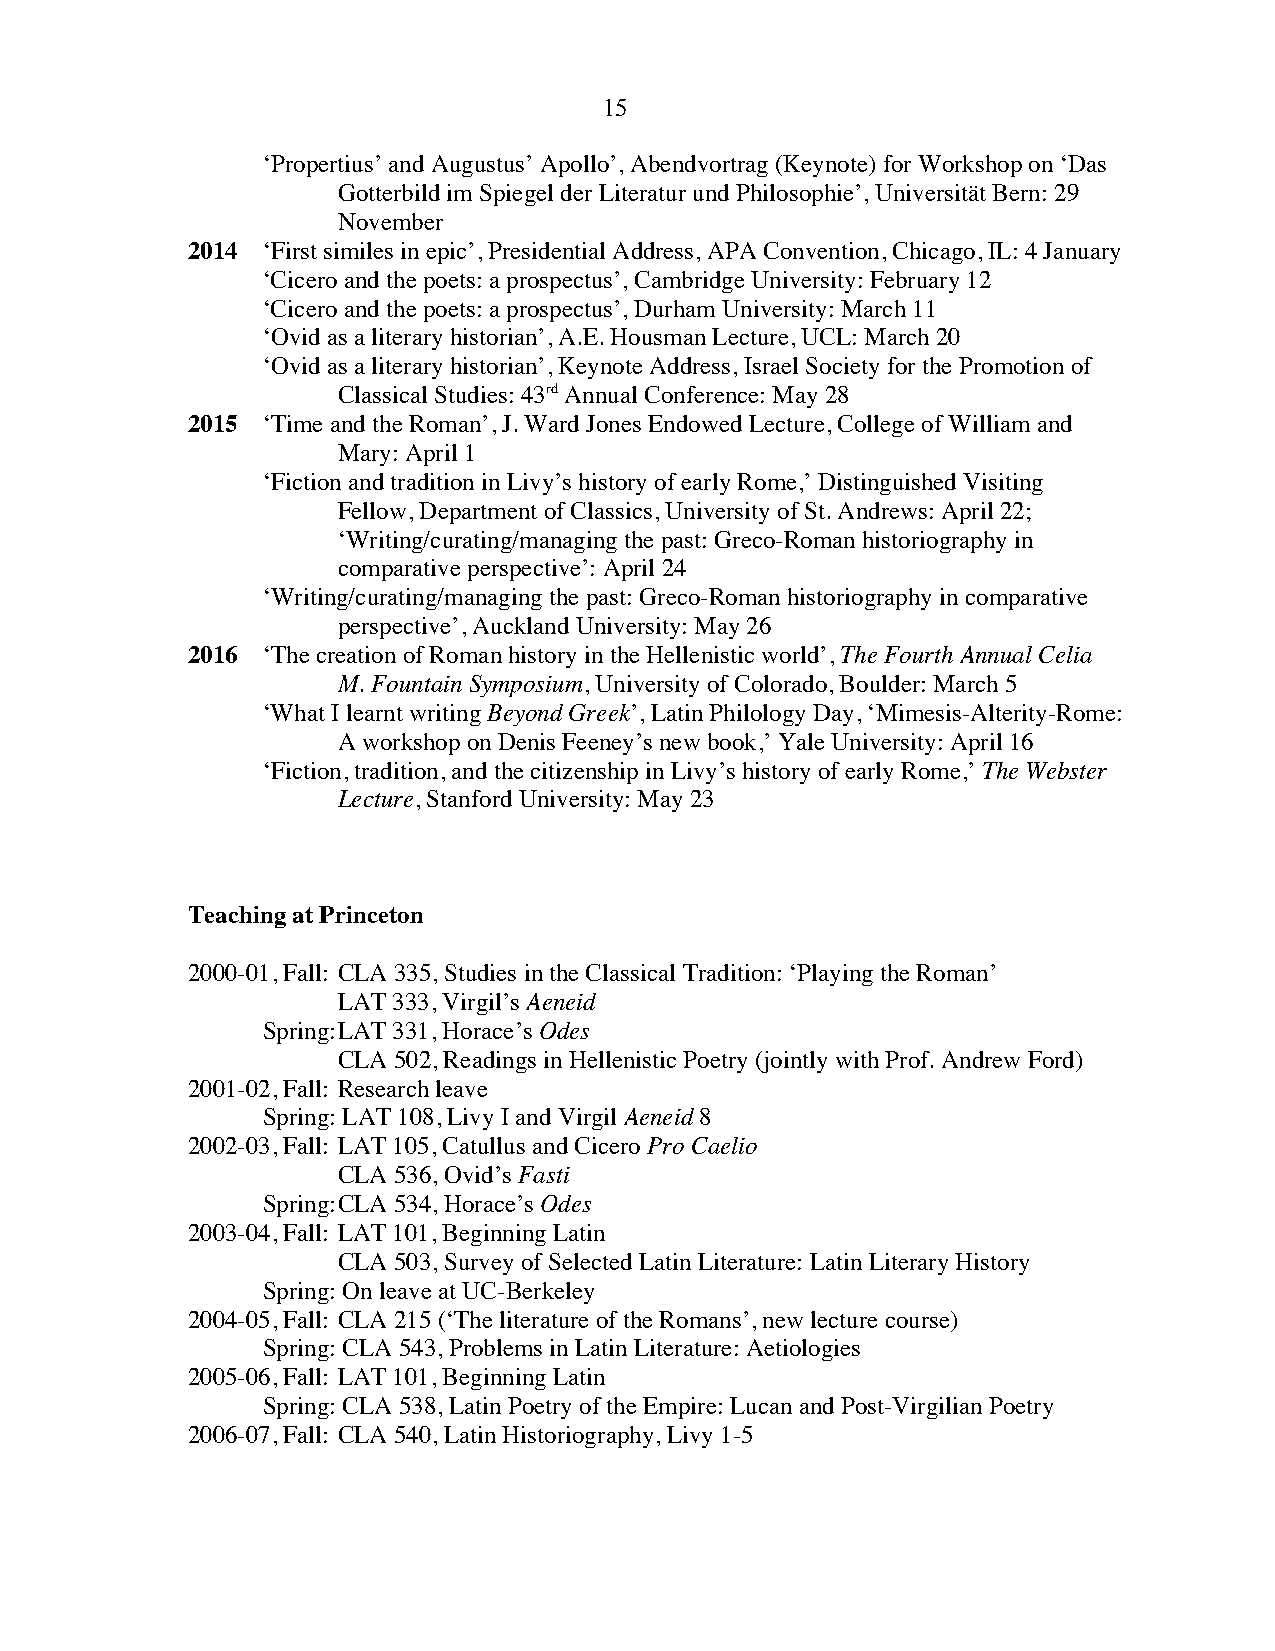
15
 ‘Propertius’ and Augustus’ Apollo’, Abendvortrag (Keynote) for Workshop on ‘Das
 Gotterbild im Spiegel der Literatur und Philosophie’, Universität Bern: 29
 November
 2014 ‘First similes in epic’, Presidential Address, APA Convention, Chicago, IL: 4 January
 ‘Cicero and the poets: a prospectus’, Cambridge University: February 12
 ‘Cicero and the poets: a prospectus’, Durham University: March 11
 ‘Ovid as a literary historian’, A.E. Housman Lecture, UCL: March 20
 ‘Ovid as a literary historian’, Keynote Address, Israel Society for the Promotion of
 Classical Studies: 43rd Annual Conference: May 28
 2015 ‘Time and the Roman’, J. Ward Jones Endowed Lecture, College of William and
 Mary: April 1
 ‘Fiction and tradition in Livy’s history of early Rome,’ Distinguished Visiting
 Fellow, Department of Classics, University of St. Andrews: April 22;
 ‘Writing/curating/managing the past: Greco-Roman historiography in
 comparative perspective’: April 24
 ‘Writing/curating/managing the past: Greco-Roman historiography in comparative
 perspective’, Auckland University: May 26
 2016 ‘The creation of Roman history in the Hellenistic world’, The Fourth Annual Celia
 M. Fountain Symposium, University of Colorado, Boulder: March 5
 ‘What I learnt writing Beyond Greek’, Latin Philology Day, ‘Mimesis-Alterity-Rome:
 A workshop on Denis Feeney’s new book,’ Yale University: April 16
 ‘Fiction, tradition, and the citizenship in Livy’s history of early Rome,’ The Webster
 Lecture, Stanford University: May 23
 Teaching at Princeton
 2000-01, Fall: CLA 335, Studies in the Classical Tradition: ‘Playing the Roman’
 LAT 333, Virgil’s Aeneid
 Spring: LAT 331, Horace’s Odes
 CLA 502, Readings in Hellenistic Poetry (jointly with Prof. Andrew Ford)
 2001-02, Fall: Research leave
 Spring: LAT 108, Livy I and Virgil Aeneid 8
 2002-03, Fall: LAT 105, Catullus and Cicero Pro Caelio
 CLA 536, Ovid’s Fasti
 Spring: CLA 534, Horace’s Odes
 2003-04, Fall: LAT 101, Beginning Latin
 CLA 503, Survey of Selected Latin Literature: Latin Literary History
 Spring: On leave at UC-Berkeley
 2004-05, Fall: CLA 215 (‘The literature of the Romans’, new lecture course)
 Spring: CLA 543, Problems in Latin Literature: Aetiologies
 2005-06, Fall: LAT 101, Beginning Latin
 Spring: CLA 538, Latin Poetry of the Empire: Lucan and Post-Virgilian Poetry
 2006-07, Fall: CLA 540, Latin Historiography, Livy 1-5